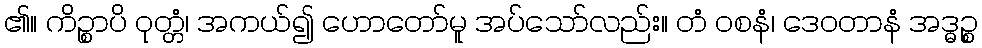
၏။ ကိဉ္စာပိ ဝုတ္တံ၊ အကယ်၍ ဟောတော်မူ အပ်သော်လည်း။ တံ ဝစနံ၊ ဒေဝတာနံ အဒ္ဓဉ္စ